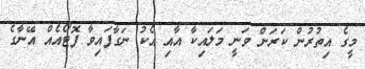
މީގެ އިތުރުން ކަރަން ވަނީ މަލައިކާ އާއި އެކު ނަގާފައިވާ ފޮޓޯއެއް އޭނާގެ